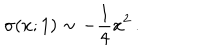
\sigma ( x ; 1 ) \sim - { \frac { 1 } { 4 } } x ^ { 2 } \, .